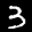
Label: 3